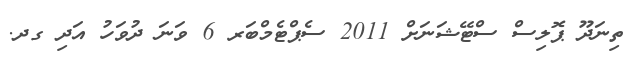
ތިނަދޫ ޕޮލިސް ސްޓޭޝަނަށް 2011 ސެޕްޓެމްބަރ 6 ވަނަ ދުވަހު އަދި ގދ.